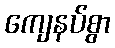
ကျေနပ်စွာ